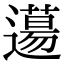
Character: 𨗪